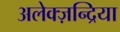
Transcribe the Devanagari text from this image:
अलेक्ज़न्द्रिया